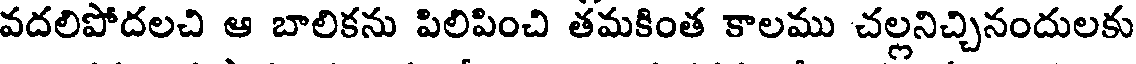
వదలిపోదలచి ఆ బాలికను పిలిపించి తమకింత కాలము చల్లనిచ్చినందులకు